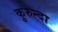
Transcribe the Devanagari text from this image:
कुरुन्दा